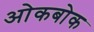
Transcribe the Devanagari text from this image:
ओकबोक